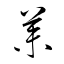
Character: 荼